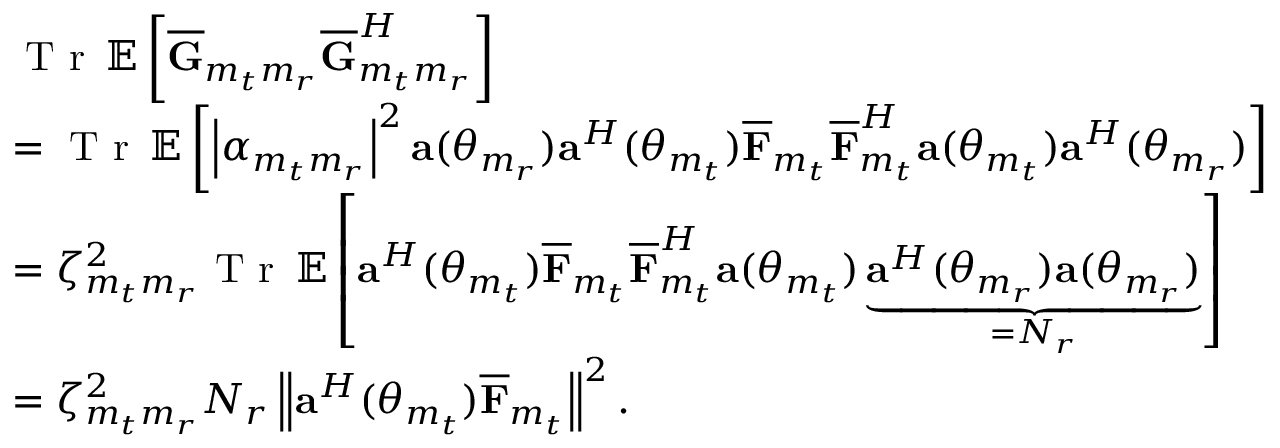
\begin{array} { r l } & { \textrm { T r } \, { \mathbb { E } } \left[ \overline { { \mathbf { G } } } _ { m _ { t } m _ { r } } \overline { { \mathbf { G } } } _ { m _ { t } m _ { r } } ^ { H } \right] } \\ & { = \textrm { T r } \, { \mathbb { E } } \left[ \left\lvert \alpha _ { m _ { t } m _ { r } } \right\rvert ^ { 2 } { \mathbf { a } } ( \theta _ { m _ { r } } ) { \mathbf { a } } ^ { H } ( \theta _ { m _ { t } } ) \overline { { { \mathbf { F } } } } _ { m _ { t } } \overline { { { \mathbf { F } } } } _ { m _ { t } } ^ { H } { \mathbf { a } } ( \theta _ { m _ { t } } ) { \mathbf { a } } ^ { H } ( \theta _ { m _ { r } } ) \right] } \\ & { = \zeta _ { m _ { t } m _ { r } } ^ { 2 } \textrm { T r } \, { \mathbb { E } } \left[ { \mathbf { a } } ^ { H } ( \theta _ { m _ { t } } ) \overline { { { \mathbf { F } } } } _ { m _ { t } } \overline { { { \mathbf { F } } } } _ { m _ { t } } ^ { H } { \mathbf { a } } ( \theta _ { m _ { t } } ) \underbrace { { \mathbf { a } } ^ { H } ( \theta _ { m _ { r } } ) { \mathbf { a } } ( \theta _ { m _ { r } } ) } _ { = N _ { r } } \right] } \\ & { = \zeta _ { m _ { t } m _ { r } } ^ { 2 } N _ { r } \left\lVert { \mathbf { a } } ^ { H } ( \theta _ { m _ { t } } ) \overline { { { \mathbf { F } } } } _ { m _ { t } } \right\rVert ^ { 2 } . } \end{array}